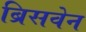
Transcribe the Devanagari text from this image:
ब्रिसवेन